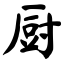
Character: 厨